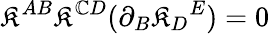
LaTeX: \mathfrak{K}^{AB}\mathfrak{K}^{\mathbb{C}D}(\partial_{B}\mathfrak{K}_{D}{}^{E})=0